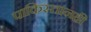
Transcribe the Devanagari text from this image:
पाकिस्तानही